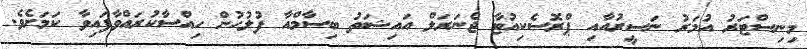
މިނިސްޓަރު އުމަރު ނަސީރުއާއި ޕްރޮސެކިއުޓާ ޖެނަރަލް އައިޝަތު ބިސާމްއާ ފުލުހުން ހިއްސާކުރައްވާފައިވާ ކަމަށެވެ.